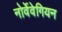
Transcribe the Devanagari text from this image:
नोर्वेवेगियन